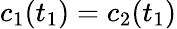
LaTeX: c_{1}(t_{1})=c_{2}(t_{1})